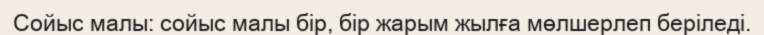
Сойыс малы: сойыс малы бір, бір жарым жылға мөлшерлеп беріледі.